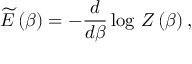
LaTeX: \widetilde { E } \left( \beta \right) = - \frac { d } { d \beta } \log \, Z \left( \beta \right) ,